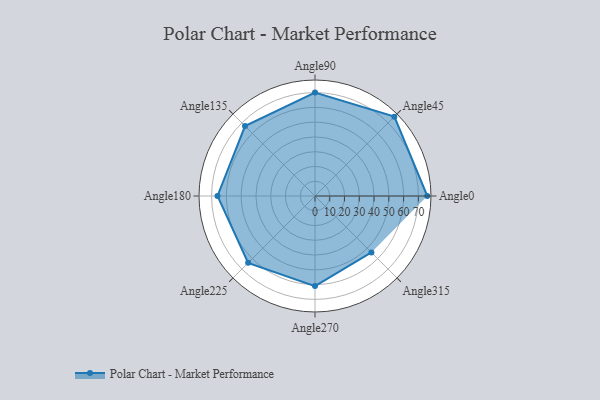
{"axis": {"x": "Angle", "y": "Radius"}, "legend": [""], "data": [{"x": "Angle0", "y": 76.0, "type": ""}, {"x": "Angle45", "y": 76.0, "type": ""}, {"x": "Angle90", "y": 70.0, "type": ""}, {"x": "Angle135", "y": 67.0, "type": ""}, {"x": "Angle180", "y": 66.0, "type": ""}, {"x": "Angle225", "y": 64.0, "type": ""}, {"x": "Angle270", "y": 61.0, "type": ""}, {"x": "Angle315", "y": 54.0, "type": ""}]}